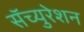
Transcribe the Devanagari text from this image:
सॅच्युरेशन